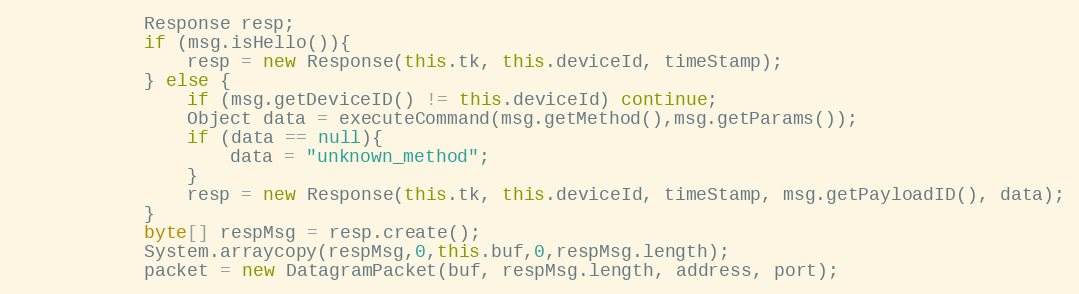
Language: Java
            Response resp;
            if (msg.isHello()){
                resp = new Response(this.tk, this.deviceId, timeStamp);
            } else {
                if (msg.getDeviceID() != this.deviceId) continue;
                Object data = executeCommand(msg.getMethod(),msg.getParams());
                if (data == null){
                    data = "unknown_method";
                }
                resp = new Response(this.tk, this.deviceId, timeStamp, msg.getPayloadID(), data);
            }
            byte[] respMsg = resp.create();
            System.arraycopy(respMsg,0,this.buf,0,respMsg.length);
            packet = new DatagramPacket(buf, respMsg.length, address, port);